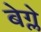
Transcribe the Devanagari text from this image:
बेग्ले